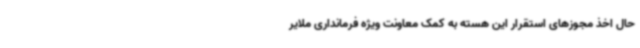
حال اخذ مجوزهای استقرار این هسته به کمک معاونت ویژه فرمانداری ملایر